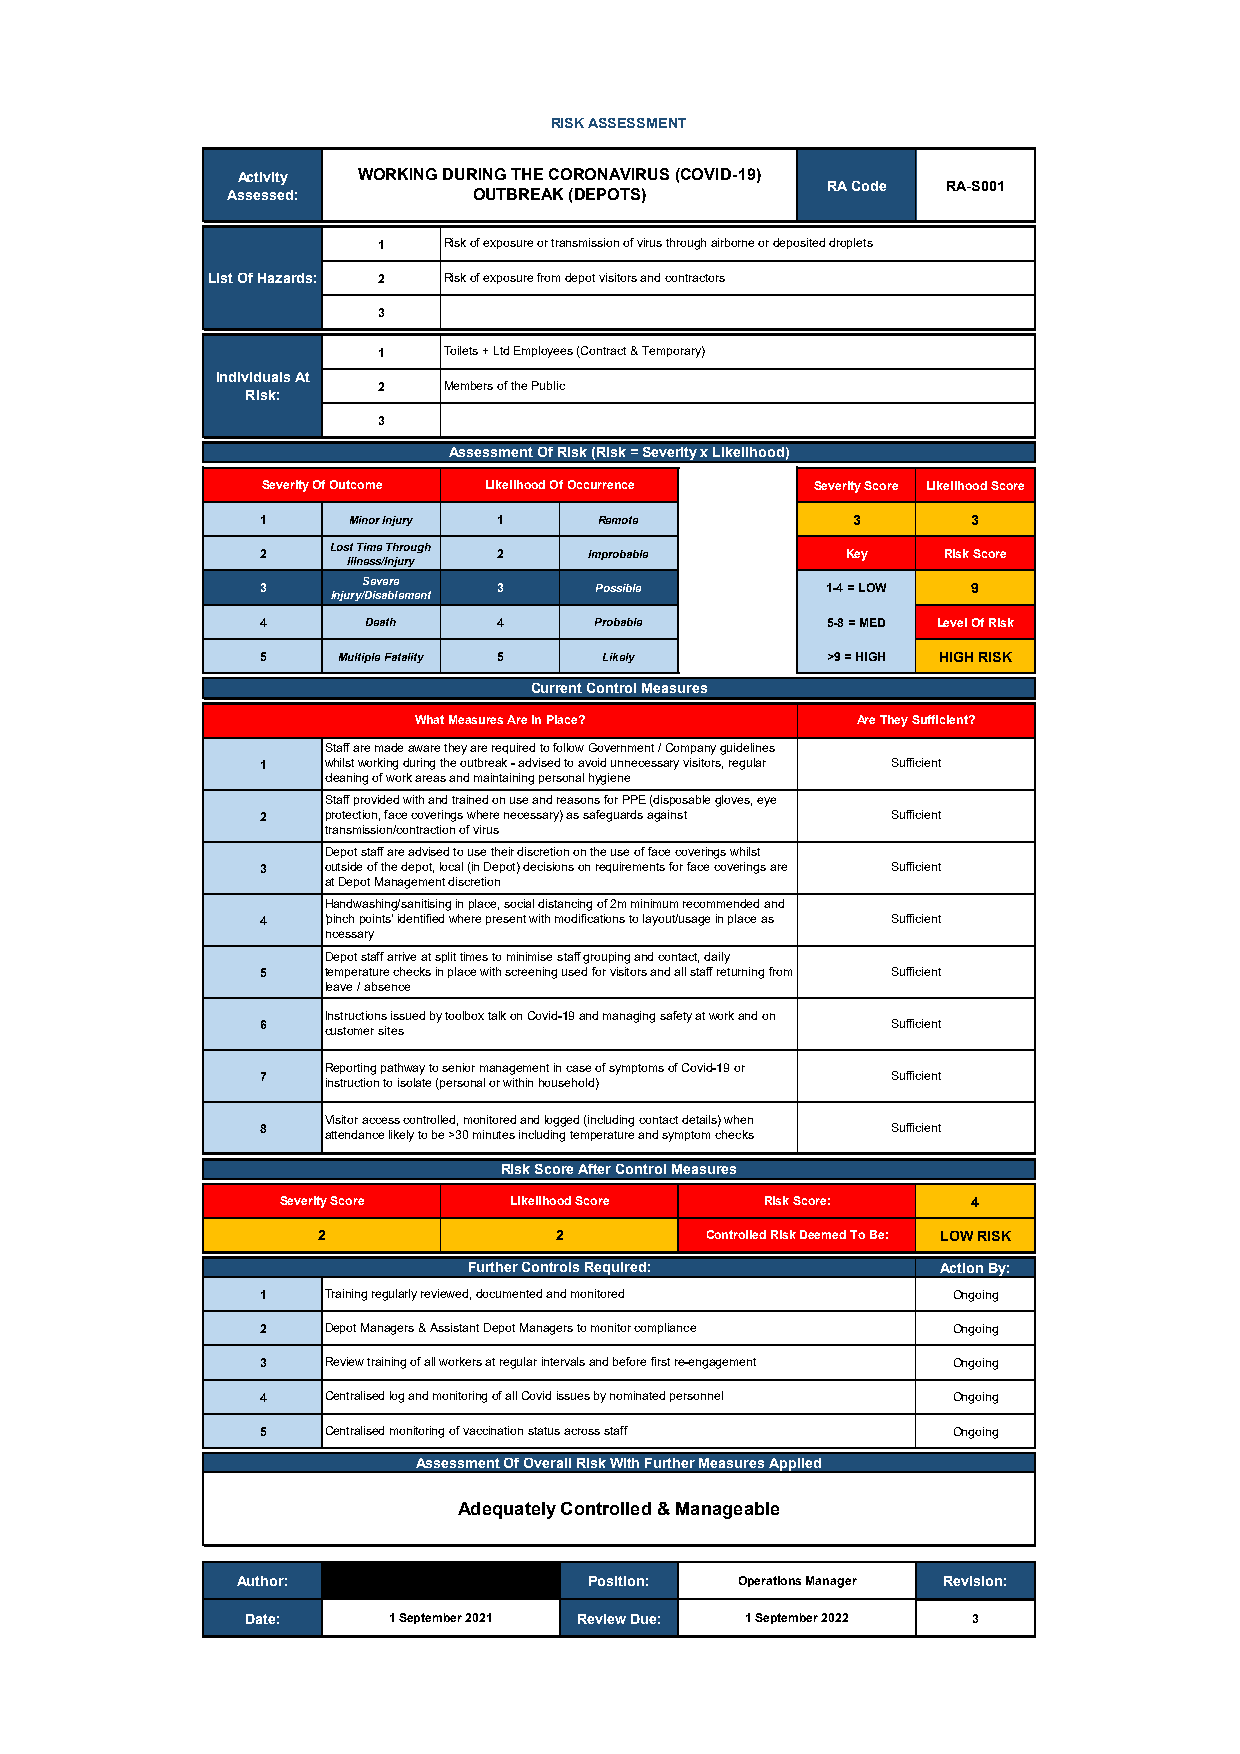
RISK ASSESSMENT
 Activity WORKING DURING THE CORONAVIRUS (COVID-19)
 RA Code RA-S001
 Assessed:       OUTBREAK (DEPOTS)
 1   Risk of exposure or transmission of virus through airborne or deposited droplets
 List Of Hazards: 2 Risk of exposure from depot visitors and contractors
 3
 1   Toilets + Ltd Employees (Contract & Temporary)
 Individuals At
 2   Members of the Public
 Risk:
 3
 Assessment Of Risk (Risk = Severity x Likelihood)
 Severity Of Outcome Likelihood Of Occurrence Severity Score Likelihood Score
 1     Minor Injury 1  Remote           3       3
 Lost Time Through
 2               2     Improbable       Key   Risk Score
 Illness/Injury
 Severe
 3               3     Possible       1-4 = LOW 9
 Injury/Disablement
 4      Death    4     Probable       5-8 = MED Level Of Risk
 5    Multiple Fatality 5 Likely      >9 = HIGH HIGH RISK
 Current Control Measures
 What Measures Are In Place?  Are They Sufficient?
 Staff are made aware they are required to follow Government / Company guidelines
 1   whilst working during the outbreak - advised to avoid unnecessary visitors, regular Sufficient
 cleaning of work areas and maintaining personal hygiene
 Staff provided with and trained on use and reasons for PPE (disposable gloves, eye
 2   protection, face coverings where necessary) as safeguards against Sufficient
 transmission/contraction of virus
 Depot staff are advised to use their discretion on the use of face coverings whilst
 3   outside of the depot, local (in Depot) decisions on requirements for face coverings are Sufficient
 at Depot Management discretion
 Handwashing/sanitising in place, social distancing of 2m minimum recommended and
 4   'pinch points' identified where present with modifications to layout/usage in place as Sufficient
 ncessary
 Depot staff arrive at split times to minimise staff grouping and contact, daily
 5   temperature checks in place with screening used for visitors and all staff returning from Sufficient
 leave / absence
 Instructions issued by toolbox talk on Covid-19 and managing safety at work and on
 6   customer sites                        Sufficient
 Reporting pathway to senior management in case of symptoms of Covid-19 or
 7   instruction to isolate (personal or within household) Sufficient
 Visitor access controlled, monitored and logged (including contact details) when
 8   attendance likely to be >30 minutes including temperature and symptom checks Sufficient
 Risk Score After Control Measures
 Severity Score Likelihood Score Risk Score:   4
 2              2         Controlled Risk Deemed To Be: LOW RISK
 Further Controls Required:     Action By:
 1   Training regularly reviewed, documented and monitored Ongoing
 2   Depot Managers & Assistant Depot Managers to monitor compliance Ongoing
 3   Review training of all workers at regular intervals and before first re-engagement Ongoing
 4   Centralised log and monitoring of all Covid issues by nominated personnel Ongoing
 5   Centralised monitoring of vaccination status across staff Ongoing
 Assessment Of Overall Risk With Further Measures Applied
 Adequately Controlled & Manageable
 Author:                 Position: Operations Manager Revision:
 Date:    1 September 2021 Review Due: 1 September 2022 3